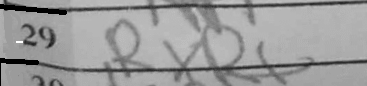
Transcription: RxR+